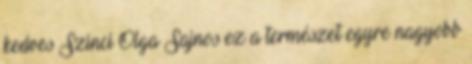
kedves Szinci Olga Sajnos ez a természet egyre nagyobb